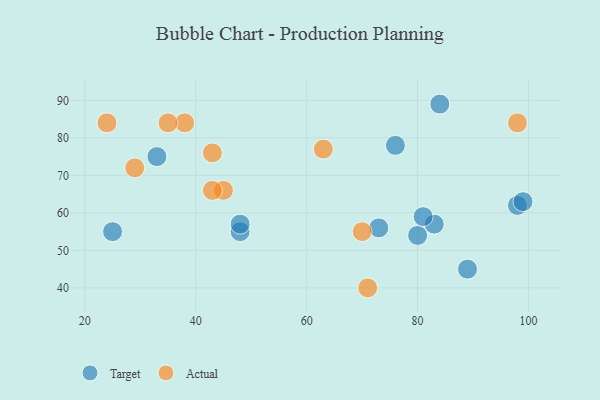
{"axis": {"x": "GDP", "y": "Life Expectancy"}, "legend": ["Actual", "Target"], "data": [{"x": "25", "y": 55, "type": "Target"}, {"x": "33", "y": 75, "type": "Target"}, {"x": "98", "y": 62, "type": "Target"}, {"x": "83", "y": 57, "type": "Target"}, {"x": "99", "y": 63, "type": "Target"}, {"x": "48", "y": 55, "type": "Target"}, {"x": "80", "y": 54, "type": "Target"}, {"x": "76", "y": 78, "type": "Target"}, {"x": "48", "y": 57, "type": "Target"}, {"x": "73", "y": 56, "type": "Target"}, {"x": "81", "y": 59, "type": "Target"}, {"x": "84", "y": 89, "type": "Target"}, {"x": "89", "y": 45, "type": "Target"}, {"x": "63", "y": 77, "type": "Actual"}, {"x": "71", "y": 40, "type": "Actual"}, {"x": "43", "y": 76, "type": "Actual"}, {"x": "45", "y": 66, "type": "Actual"}, {"x": "24", "y": 84, "type": "Actual"}, {"x": "43", "y": 66, "type": "Actual"}, {"x": "38", "y": 84, "type": "Actual"}, {"x": "35", "y": 84, "type": "Actual"}, {"x": "29", "y": 72, "type": "Actual"}, {"x": "70", "y": 55, "type": "Actual"}, {"x": "98", "y": 84, "type": "Actual"}]}